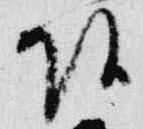
頭